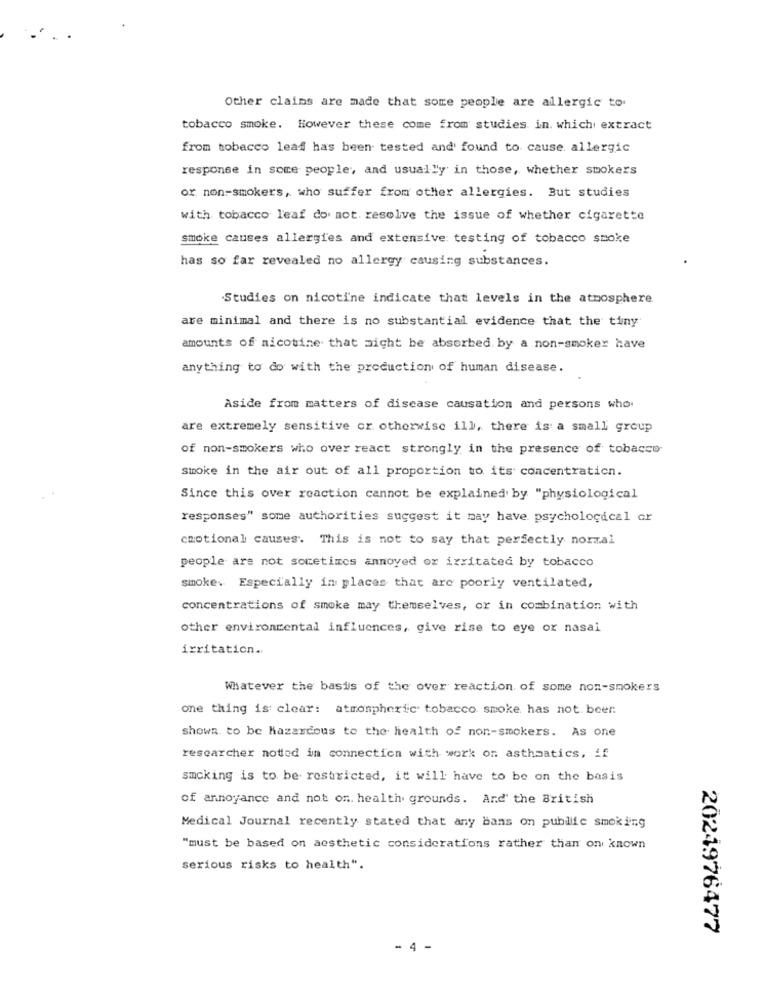
Other claims are made that some people are allergic to.
tobacco smoke. However these come from studies in. whichi extract
from tobacco leaf has been tested and found to cause allergic
response in some people, and usually in those, whether smokers
or non-smokers, who suffer from other allergies. But studies
with tobacco leaf do not resolve the issue of whether cigarette
smoke causes allergies and extensive testing of tobacco smoke
has so far revealed no allergy causing substances.
Studies on nicotine indicate that levels in the atmosphere
are minimal and there is no substantial evidence that the tiny
amounts of nicotine that might be absorbed. by a non-smoker have
anything to do with the production of human disease.
Aside from matters of disease causation and persons who
are extremely sensitive or otherwise ill, there is a small group
of non-smokers who over react strongly in the presence of tobacco
smoke in the air out of all proportion to its concentration.
Since this over reaction cannot be explained by "physiological
responses" some authorities suggest it may have psychological or
cnotional causes. This is not to say that perfectly normal
people are not sometimes annoyed or irritated by tobacco
smoke. Especially in places that are poorly ventilated,
concentrations of smoke may themselves, or in combination with
other environmental influences, give rise to eye or nasal
irritation ..
Whatever the basis of the over reaction of some non-smokers
one thing is clear: atmospheric tobacco smoke has not. beer:
showa to be Hazardous to the health of non-smokers. As one
researcher noted in connection with work on asthmatics, if
smcking is to be restricted, it will have to be on the basis
of annoyance and not on. health grounds. Ard' the British
Medical Journal recently stated that any bans on public smoking
"must be based on aesthetic considerations rather than on known
serious risks to health".
2024976477
4